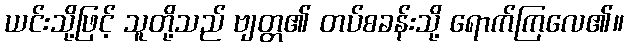
ယင်းသို့ဖြင့် သူတို့သည် ဗျတ္တ၏ တပ်စခန်းသို့ ရောက်ကြလေ၏။